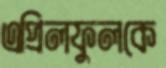
এপ্রিলফুলকে